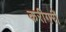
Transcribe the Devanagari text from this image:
करीगरों